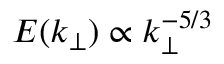
E ( k _ { \perp } ) \propto k _ { \perp } ^ { - 5 / 3 }